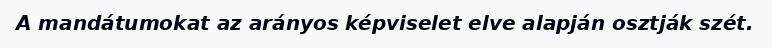
A mandátumokat az arányos képviselet elve alapján osztják szét.